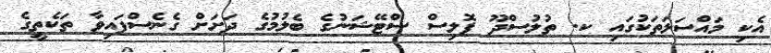
އެކި މައްސަލަތަކުގައި ކ. ތުލުސްދޫ ޕޮލިސް ސްޓޭޝަނުގެ ބެލުމުގެ ދަށަށް ގެނެސްފައިވާ ތަކެތީގެ